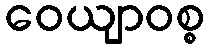
ဝေယျာဝစ္စ